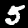
Digit: 5